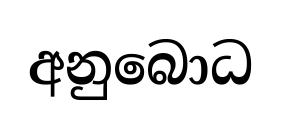
අනුබොධ